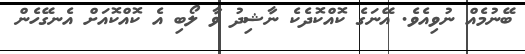
ބޭނުމެއް ނުވިއެވެ. އޭނަގެ ކޮއްކޮދެކެ ނާޝިދު ވާ ލޯބި އެ ކޮއްކޮއަށް އެނގޭހެން